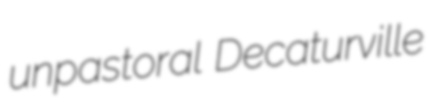
unpastoral Decaturville